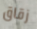
زقاق